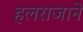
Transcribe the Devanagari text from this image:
हलराजाने